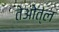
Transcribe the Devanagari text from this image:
तेओत्ल